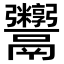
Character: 𬴻